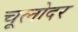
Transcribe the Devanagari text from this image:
चूलोदर